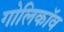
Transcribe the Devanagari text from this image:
गोलिकॉव